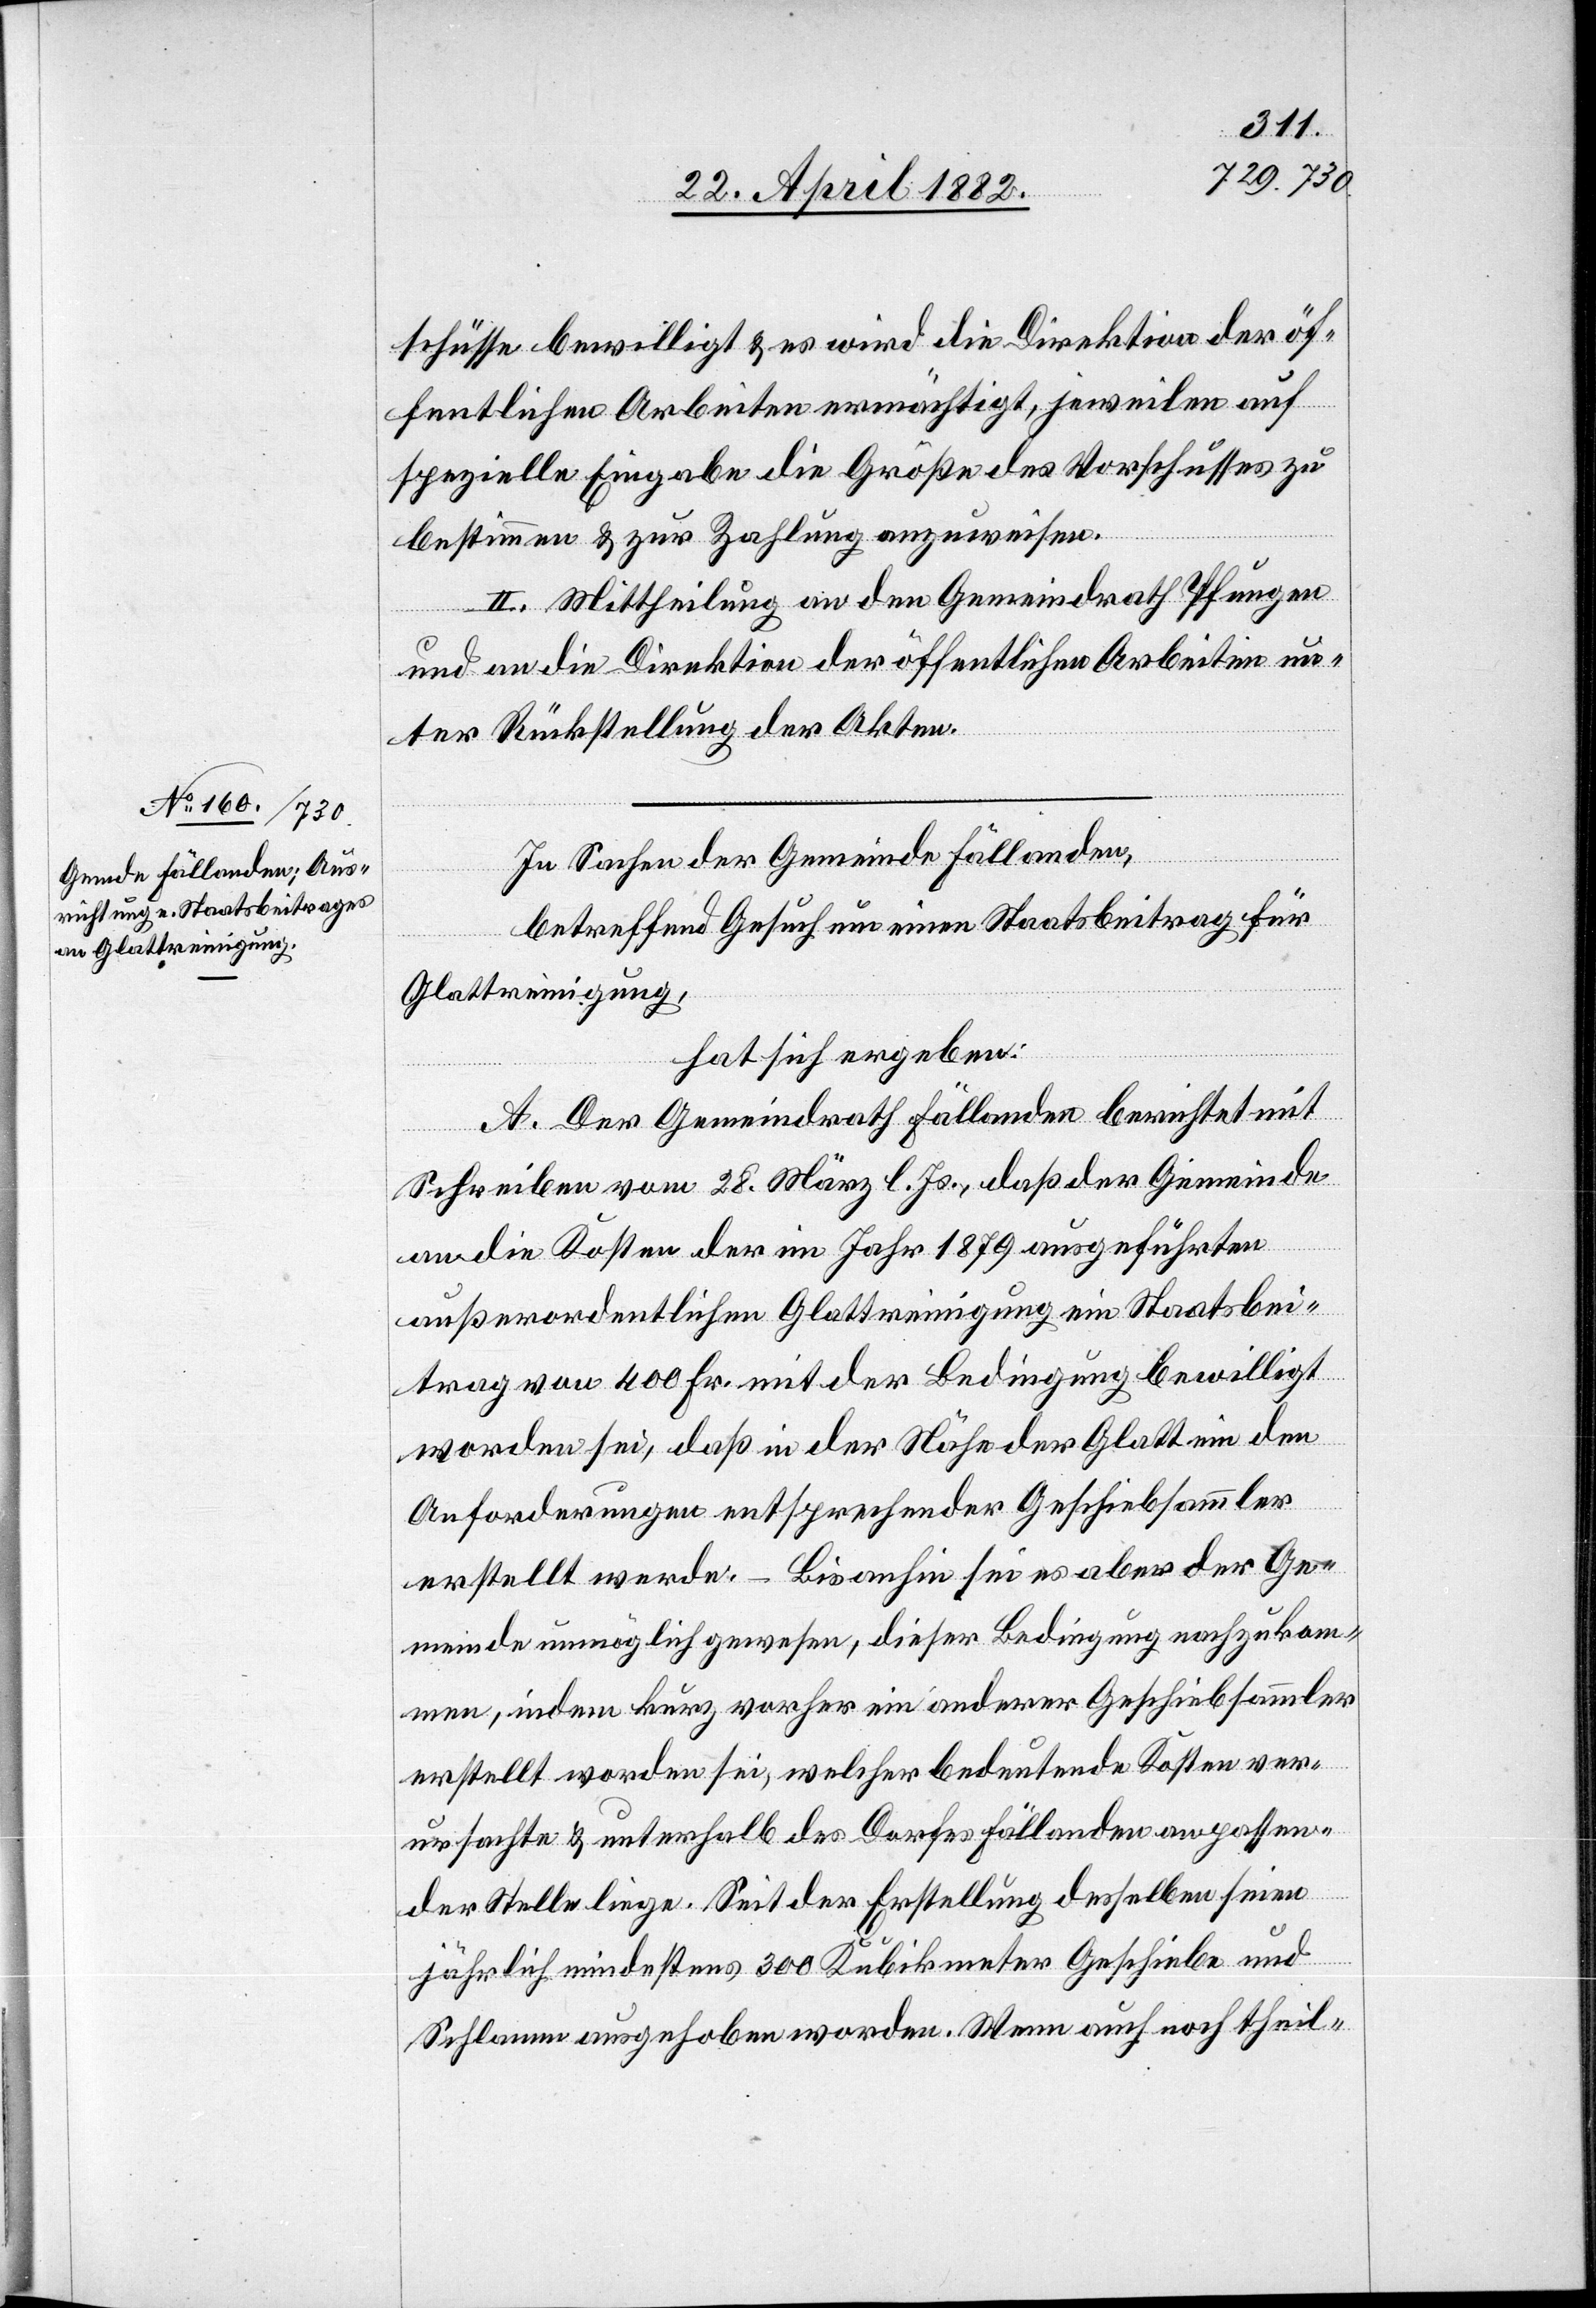
schüsse bewilligt & es wird die Direktion der öf¬
fentlichen Arbeiten ermächtigt, jeweilen auf
spezielle Eingabe die Größe des Vorschusses zu
bestimmen & zur Zahlung anzuweisen.
II. Mittheilung an den Gemeindrath Pfungen
und an die Direktion der öffentlichen Arbeiten un¬
ter Rückstellung der Akten.
In Sachen der Gemeinde Fällanden,
betreffend Gesuch um einen Staatsbeitrag für
Glattreinigung,
hat sich ergeben:
A. Der Gemeindrath Fällanden berichtet mit
Schreiben vom 28. März l. Js., daß der Gemeinde
an die Kosten der im Jahr 1879 ausgeführten
außerordentlichen Glattreinigung ein Staatsbei¬
trag von 400 Fr. mit der Bedingung bewilligt
worden sei, daß in der Nähe der Glatt ein den
Anforderungen entsprechender Geschibesammler
erstellt werde. – Bis anhin sei es aber der Ge¬
meinde unmöglich gewesen, dieser Bedingung nachzukom¬
men, indem kurz vorher ein anderer Geschiebsammler
erstellt worden sei, welcher bedeutende Kosten ver¬
ursachte & unterhalb des Dorfes Fällanden an passen¬
der Stelle liege. Seit der Erstellung desselben seien
jährlich mindestens 300 Kubikmeter Geschiebe und
Schlamm ausgehoben worden. Wenn auch noch theil-